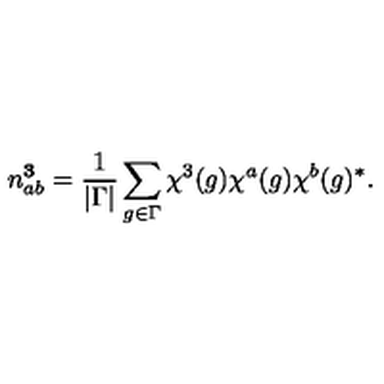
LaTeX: n _ { a b } ^ { \bf 3 } = \frac { 1 } { | \Gamma | } \sum _ { g \in \Gamma } \chi ^ { 3 } ( g ) \chi ^ { a } ( g ) \chi ^ { b } ( g ) ^ { * } .